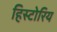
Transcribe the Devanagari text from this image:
हिस्टोरिय